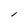
Character: l